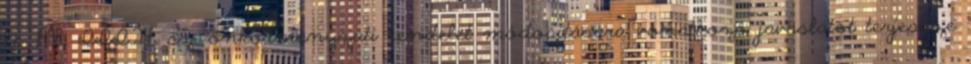
10 1998. III.24. sz. önkormányzati rendelet módosítására vonatkozó javaslatot terjessze